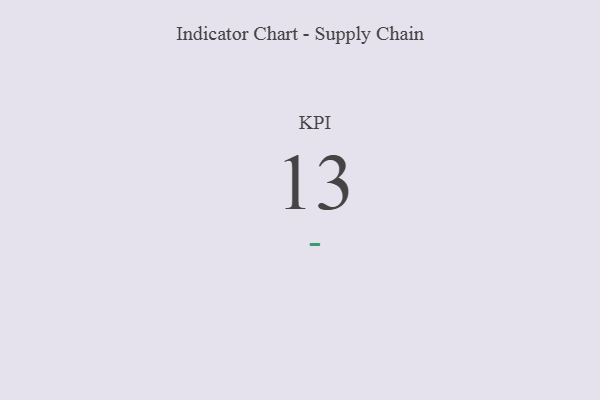
{"axis": {"x": "KPI", "y": "Value"}, "legend": [""], "data": [{"x": "KPI", "y": 13, "type": ""}]}